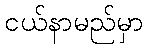
ငယ်နာမည်မှာ